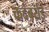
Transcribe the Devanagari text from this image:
कदंबर्राई